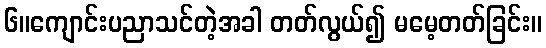
၆။ကျောင်းပညာသင်တဲ့အခါ တတ်လွယ်၍ မမေ့တတ်ခြင်း။